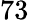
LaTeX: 73